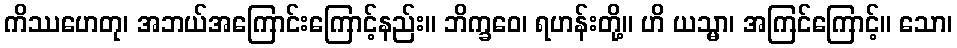
ကိဿဟေတု၊ အဘယ်အကြောင်းကြောင့်နည်း။ ဘိက္ခဝေ၊ ရဟန်းတို့။ ဟိ ယသ္မာ၊ အကြင်ကြောင့်။ သော၊